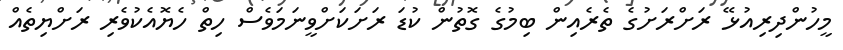
މީހުންދިރިއުޅޭ ރަށްރަށުގެ ތެރެއިން ބިމުގެ ގޮތުން ކުޑަ ރަށަކަށްވީނަމަވެސް ހިތް ހެޔޮއެކުވެރި ރަށްޔިތެއް